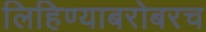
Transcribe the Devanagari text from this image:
लिहिण्याबरोबरच